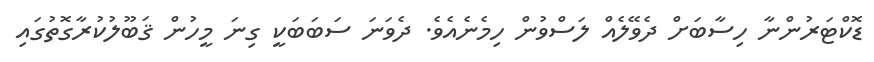
ޑޮކްޓަރުންނާ ހިސާބަށް ދެވޭލެއް ލަސްވުން ހިމެނެއެވެ. ދެވަނަ ސަބަބަކީ ގިނަ މީހުން ޤަބޫލުކުރާގޮތުގައި